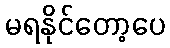
မရနိုင်တော့ပေ